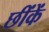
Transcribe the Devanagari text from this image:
छींकें